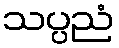
သပ္ပညံ